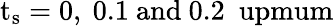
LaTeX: \mathrm{{t_{s}=0,\ 0.1\ \mathrm{{and}\ 0.2\ \ upmum}}}